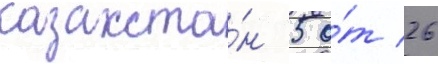
казахста́н 5 о́т 26